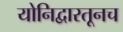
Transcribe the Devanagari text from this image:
योनिद्वारतूनच